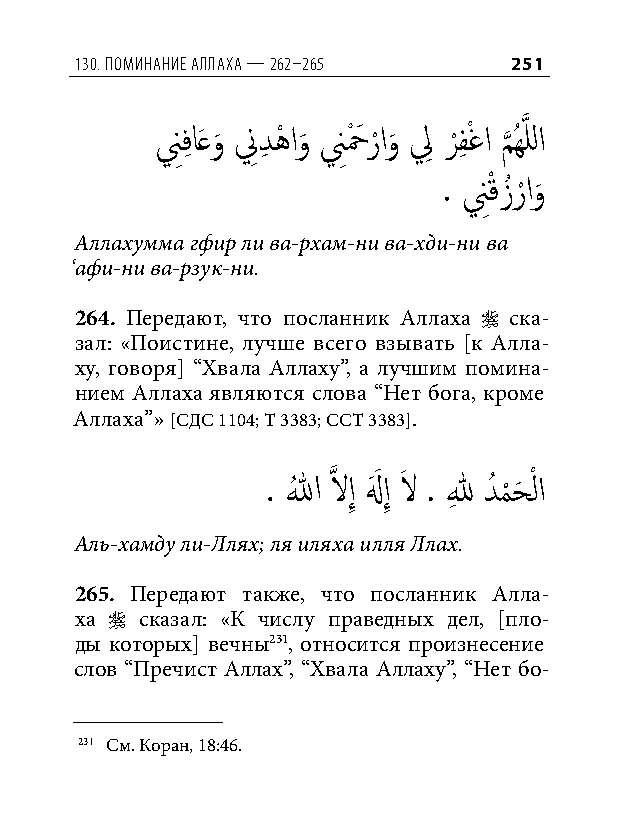
130. Поминание аллаха — 262–265 251
 نِفِ اَعو
 َ
 نِ دِ هْ او
 َ
 نِحْ َ ر ْاو
 َ
 لِ ر
 ْ
 فِ ْغا م
 َّذ
 ُهَّذ للا
 . نِقْ زُر ْاو
 َ
 Аллахумма гфир ли ва-рхам-ни ва-хди-ни ва
 ‘афи-ни ва-рзук-ни.
 264. Передают, что посланник Аллаха  ска-
 зал: «Поистине, лучше всего взывать [к Алла-
 ху, говоря] “Хвала Аллаху”, а лучшим помина-
 нием Аллаха являются слова “Нет бога, кроме
 Аллаха”» [СДС 1104; Т 3383; ССТ 3383].
 . اللهُ َّذ لاإِ لهَ َ إِ لاَ . للهِ دُ م
 ْ
 حَ ْ لا
 Аль-хамду ли-Ллях; ля иляха илля Ллах.
 265. Передают также, что посланник Алла-
 ха  сказал: «К числу праведных дел, [пло-
 ды которых] вечны231, относится произнесение
 слов “Пречист Аллах”, “Хвала Аллаху”, “Нет бо-
 231 См. Коран, 18:46.